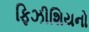
ફિઝીશિયનો